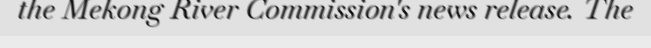
the Mekong River Commission's news release. The